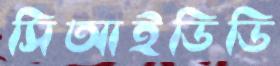
সিআইডিডি